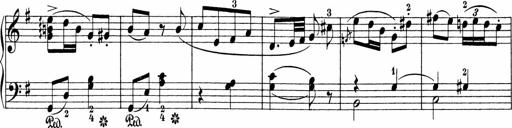
Title: Sonatinen Op.47, 98 und 136, nebst 6 Liedersonatinen
Composer: Carl Reinecke